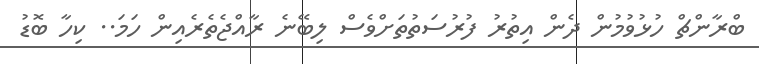
ބްރާންޗް ހުޅުވުމުން ދެން އިތުރު ފުރުސަތުތަށްވެސް ލިބޭނެ ރާއްޖެތެރެއިން ހަމަ.. ކިހާ ބޮޑު